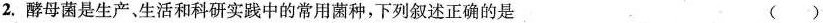
2.酵母菌是生产，生活和科研实践中的常用菌种，下列叙述正确的是 ( )